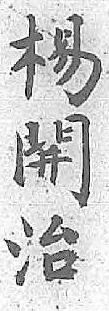
楊開治